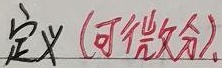
定义（可微分）